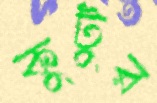
কুটুর